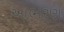
આભરણ